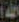
الله